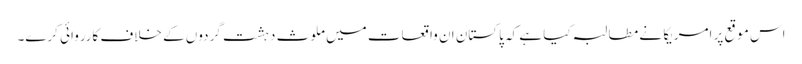
اس موقع پر امریکا نے مطالبہ کیا ہے کہ پاکستان ان واقعات میں ملوث دہشت گردوں کے خلاف کارروائی کرے۔